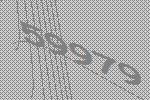
59979